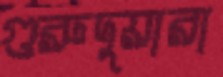
গুরুদুয়ারা